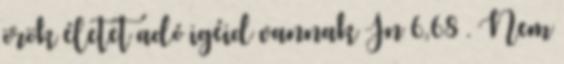
örök életet adó igéid vannak Jn 6,68 . Nem